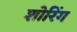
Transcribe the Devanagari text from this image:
शोरिंग